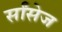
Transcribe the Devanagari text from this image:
र्सांसेज